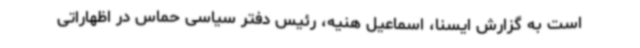
است به گزارش ایسنا، اسماعیل هنیه، رئیس دفتر سیاسی حماس در اظهاراتی